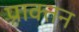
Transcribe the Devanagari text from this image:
प्राक्तन